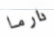
دارما